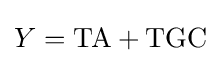
Y={\text{TA}}+{\text{TGC}}